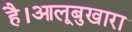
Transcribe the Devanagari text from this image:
है।आलूबुखारा